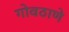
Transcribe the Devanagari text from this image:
गोवठाणे